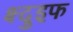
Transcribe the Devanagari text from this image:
क्ष्दुइफ